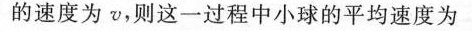
的速度为v，则这一过程中小球的平均速度为